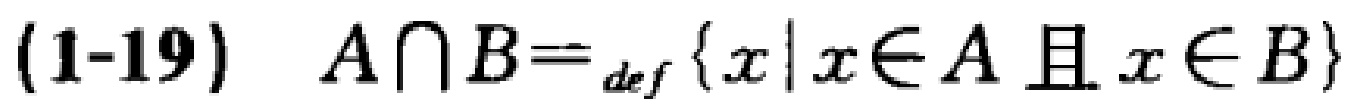
(1-19) \(A\cap B =_{\text{def}} \{x\mid x\in A \text{ 且 } x\in B\}\)